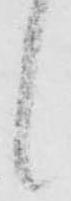
候